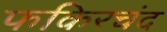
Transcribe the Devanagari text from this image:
फकिरचंद